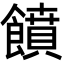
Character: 饙